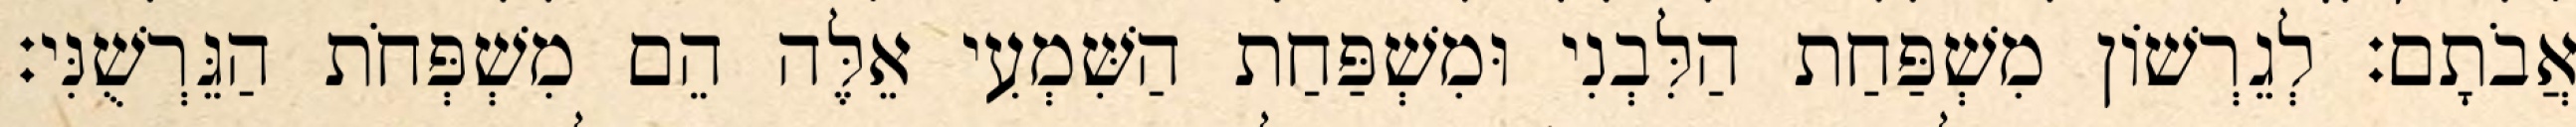
אֲבֹתָם׃ לְגֵרְשׁוֹן מִשְׁפַּחַת הַלִּבְנִי וּמִשְׁפַּחַת הַשִּׁמְעִי אֵלֶּה הֵם מִשְׁפְּחֹת הַגֵּרְשֻׁנִּי׃